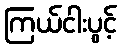
ကြယ်ငါးပွင့်